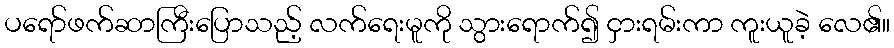
ပရော်ဖက်ဆာကြီးပြောသည့် လက်ရေးမူကို သွားရောက်၍ ငှားရမ်းကာ ကူးယူခဲ့ လေ၏။